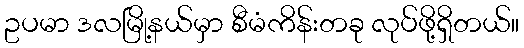
ဥပမာ ဒလမြို့နယ်မှာ စီမံကိန်းတခု လုပ်ဖို့ရှိတယ်။